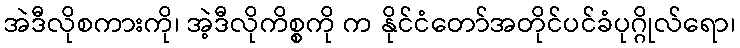
အဲဒီလိုစကားကို၊ အဲ့ဒီလိုကိစ္စကို က နိုင်ငံတော်အတိုင်ပင်ခံပုဂ္ဂိုလ်ရော၊